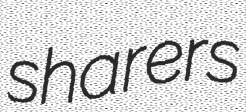
sharers